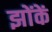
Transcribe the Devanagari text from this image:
झोंकें